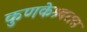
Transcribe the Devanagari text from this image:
कुणकेश्र्वरास